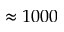
\approx 1 0 0 0